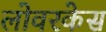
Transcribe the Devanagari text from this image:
लोवरकेस